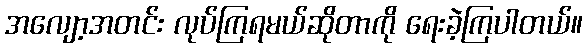
အလျော့အတင်း လုပ်ကြရမယ်ဆိုတာကို ရေးခဲ့ကြပါတယ်။